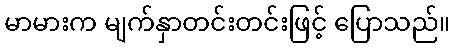
မာမားက မျက်နှာတင်းတင်းဖြင့် ပြောသည်။